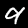
Digit: 9